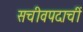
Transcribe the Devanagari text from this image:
सचीवपदाचीं